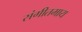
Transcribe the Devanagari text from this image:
संगीतमाय